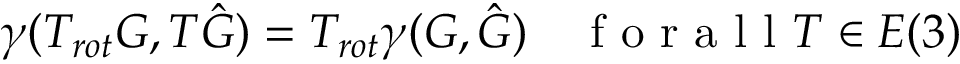
\gamma ( T _ { r o t } G , T \hat { G } ) = T _ { r o t } \gamma ( G , \hat { G } ) \quad \mathrm { ~ f ~ o ~ r ~ a ~ l ~ l ~ } T \in E ( 3 )